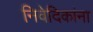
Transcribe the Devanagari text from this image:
निवेदिकांना